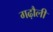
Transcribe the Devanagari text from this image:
गढ़ौली